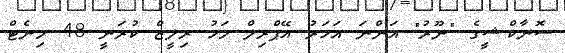
ސޮނާކްޝީގެ "ނޫރު" އަންނަ އަހަރު އޭޕްރިލް މަހު ރިލީޒް ކުރަނީ 48 މިނެޓް